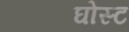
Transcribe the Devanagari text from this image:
घोस्‍ट